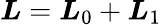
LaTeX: \boldsymbol{L}=\boldsymbol{L}_{0}+\boldsymbol{L}_{1}